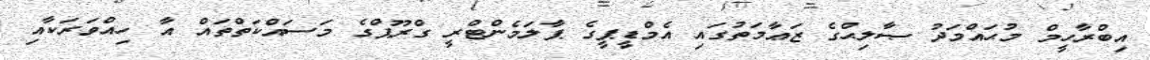
އިބްރާހީމް މުޙައްމަދު ޞާލިޙްގެ ޒަޢާމަތުގައި އެމްޑީޕީގެ ޕާލަމެންޓްރީ ގްރޫޕްގެ މަސައްކަތްތައް އާ ހިއްވަރަކާއި